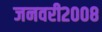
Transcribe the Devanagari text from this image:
जनवरी२००८